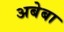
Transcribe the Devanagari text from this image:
अबेबा